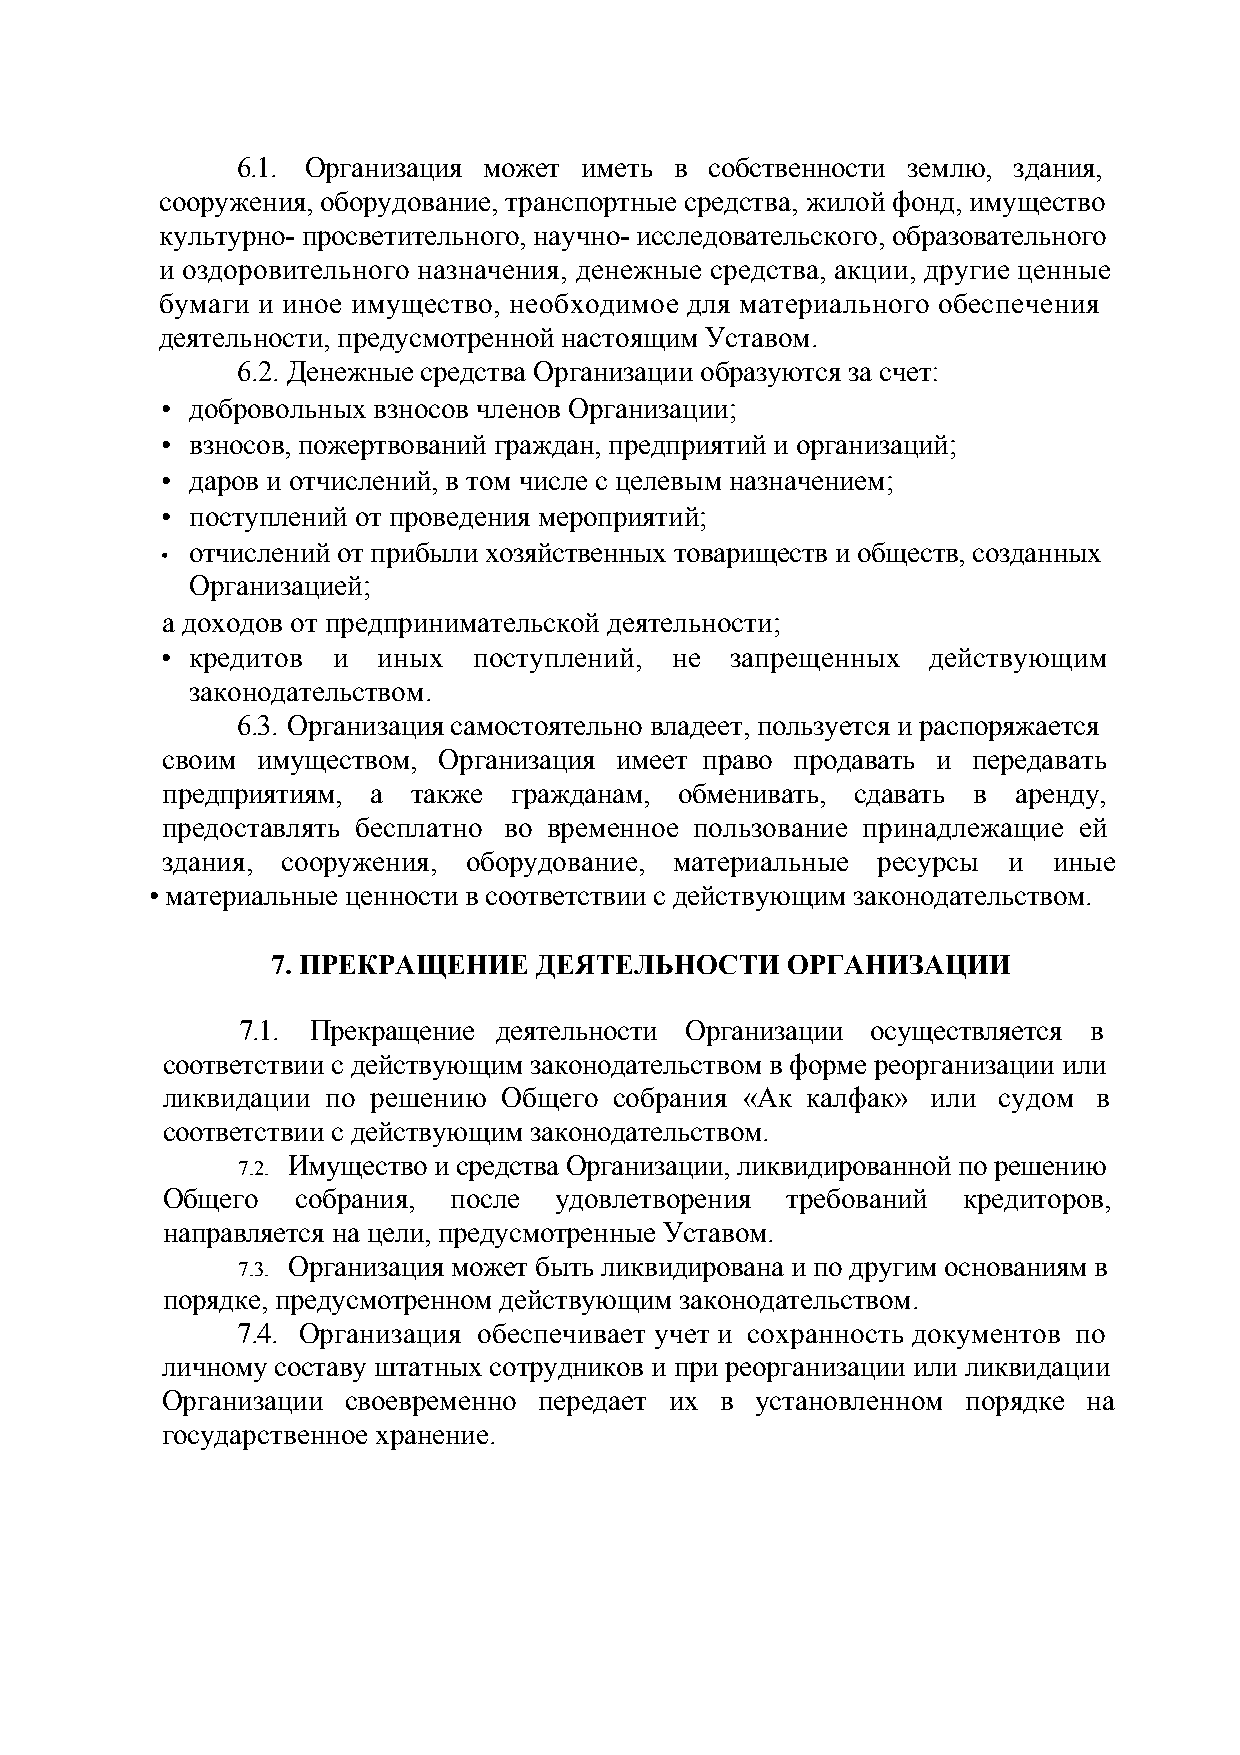
6.1. Организация может иметь в собственности землю, здания,
 сооружения, оборудование, транспортные средства, жилой фонд, имущество
 культурно- просветительного, научно- исследовательского, образовательного
 и оздоровительного назначения, денежные средства, акции, другие ценные
 бумаги и иное имущество, необходимое для материального обеспечения
 деятельности, предусмотренной настоящим Уставом.
 6.2. Денежные средства Организации образуются за счет:
 • добровольных взносов членов Организации;
 • взносов, пожертвований граждан, предприятий и организаций;
 • даров и отчислений, в том числе с целевым назначением;
 • поступлений от проведения мероприятий;
 отчислений от прибыли хозяйственных товариществ и обществ, созданных
 •
 Организацией;
 а доходов от предпринимательской деятельности;
 • кредитов и  иных  поступлений,  не запрещенных   действующим
 законодательством.
 6.3. Организация самостоятельно владеет, пользуется и распоряжается
 своим имуществом, Организация имеет право продавать и передавать
 предприятиям, а также  гражданам, обменивать, сдавать в аренду,
 предоставлять бесплатно во временное пользование принадлежащие ей
 здания, сооружения, оборудование, материальные ресурсы  и  иные
 • материальные ценности в соответствии с действующим законодательством.
 7. ПРЕКРАЩЕНИЕ    ДЕЯТЕЛЬНОСТИ    ОРГАНИЗАЦИИ
 7.1. Прекращение деятельности Организации осуществляется в
 соответствии с действующим законодательством в форме реорганизации или
 ликвидации по решению Общего  собрания «Ак калфак» или судом  в
 соответствии с действующим законодательством.
 Имущество и средства Организации, ликвидированной по решению
 7.2.
 Общего   собрания, после  удовлетворения требований  кредиторов,
 направляется на цели, предусмотренные Уставом.
 Организация может быть ликвидирована и по другим основаниям в
 7.3.
 порядке, предусмотренном действующим законодательством.
 7.4. Организация обеспечивает учет и сохранность документов по
 личному составу штатных сотрудников и при реорганизации или ликвидации
 Организации своевременно передает их в установленном порядке на
 государственное хранение.